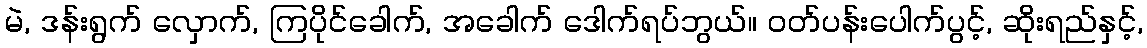
မဲ, ဒန်းရွက် လှောက်, ကြပိုင်ခေါက်, အခေါက် ဒေါက်ရပ်ဘွယ်။ ဝတ်ပန်းပေါက်ပွင့်, ဆိုးရည်နှင့်,